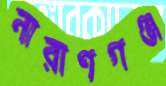
নারাণগঞ্জ